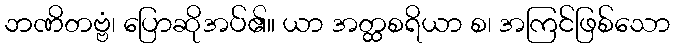
ဘဏိတဗ္ဗံ၊ ပြောဆိုအပ်၏။ ယာ အတ္ထစရိယာ စ၊ အကြင်ဖြစ်သော